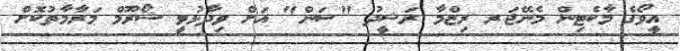
އީވޯގެ މާކެޓިން މެނޭޖަރ ރިޒްމާ ރަޝީދު "ސަން" އަށް ވިދާޅުވީ ޝޯރޫމް މަރާމާތުކޮށް